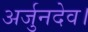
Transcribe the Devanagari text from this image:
अर्जुनदेव।